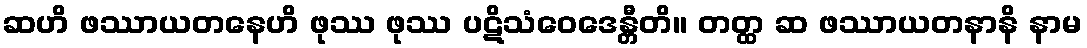
ဆဟိ ဖဿာယတနေဟိ ဖုဿ ဖုဿ ပဋိသံဝေဒေန္တီတိ။ တတ္ထ ဆ ဖဿာယတနာနိ နာမ